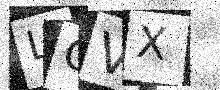
Text: LQVX